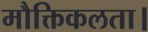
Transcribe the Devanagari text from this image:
मौक्तिकलता।